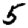
Digit: 5